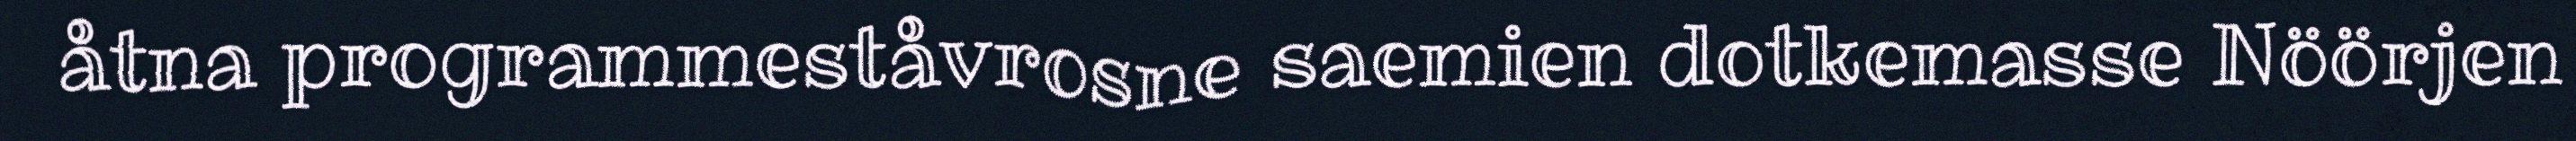
åtna programmeståvrosne saemien dotkemasse Nöörjen